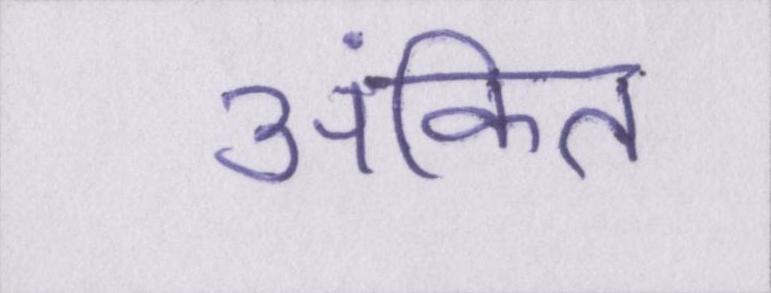
अंकित